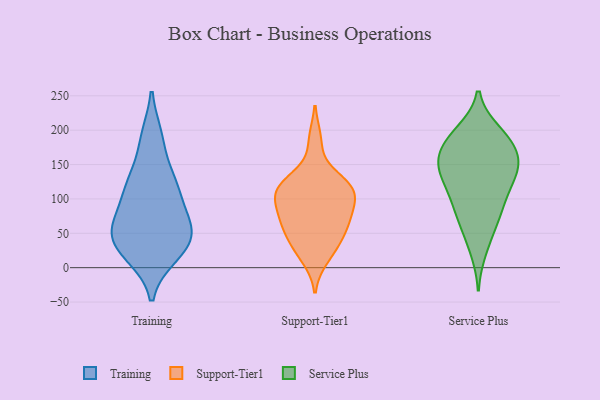
{"axis": {"x": "Net Income (USD K)", "y": "Value"}, "legend": ["Service Plus", "Support-Tier1", "Training"], "data": [{"x": "", "y": 123, "type": "Training"}, {"x": "", "y": 108, "type": "Training"}, {"x": "", "y": 53, "type": "Training"}, {"x": "", "y": 45, "type": "Training"}, {"x": "", "y": 126, "type": "Training"}, {"x": "", "y": 72, "type": "Training"}, {"x": "", "y": 50, "type": "Training"}, {"x": "", "y": 24, "type": "Training"}, {"x": "", "y": 19, "type": "Training"}, {"x": "", "y": 100, "type": "Training"}, {"x": "", "y": 188, "type": "Training"}, {"x": "", "y": 132, "type": "Training"}, {"x": "", "y": 37, "type": "Training"}, {"x": "", "y": 190, "type": "Training"}, {"x": "", "y": 67, "type": "Training"}, {"x": "", "y": 18, "type": "Training"}, {"x": "", "y": 56, "type": "Training"}, {"x": "", "y": 63, "type": "Support-Tier1"}, {"x": "", "y": 63, "type": "Support-Tier1"}, {"x": "", "y": 32, "type": "Support-Tier1"}, {"x": "", "y": 116, "type": "Support-Tier1"}, {"x": "", "y": 96, "type": "Support-Tier1"}, {"x": "", "y": 131, "type": "Support-Tier1"}, {"x": "", "y": 61, "type": "Support-Tier1"}, {"x": "", "y": 122, "type": "Support-Tier1"}, {"x": "", "y": 93, "type": "Support-Tier1"}, {"x": "", "y": 36, "type": "Support-Tier1"}, {"x": "", "y": 81, "type": "Support-Tier1"}, {"x": "", "y": 186, "type": "Support-Tier1"}, {"x": "", "y": 13, "type": "Support-Tier1"}, {"x": "", "y": 113, "type": "Support-Tier1"}, {"x": "", "y": 113, "type": "Support-Tier1"}, {"x": "", "y": 197, "type": "Service Plus"}, {"x": "", "y": 187, "type": "Service Plus"}, {"x": "", "y": 131, "type": "Service Plus"}, {"x": "", "y": 49, "type": "Service Plus"}, {"x": "", "y": 175, "type": "Service Plus"}, {"x": "", "y": 106, "type": "Service Plus"}, {"x": "", "y": 80, "type": "Service Plus"}, {"x": "", "y": 187, "type": "Service Plus"}, {"x": "", "y": 164, "type": "Service Plus"}, {"x": "", "y": 75, "type": "Service Plus"}, {"x": "", "y": 25, "type": "Service Plus"}, {"x": "", "y": 129, "type": "Service Plus"}, {"x": "", "y": 148, "type": "Service Plus"}, {"x": "", "y": 80, "type": "Service Plus"}, {"x": "", "y": 151, "type": "Service Plus"}, {"x": "", "y": 156, "type": "Service Plus"}, {"x": "", "y": 132, "type": "Service Plus"}, {"x": "", "y": 154, "type": "Service Plus"}, {"x": "", "y": 108, "type": "Service Plus"}, {"x": "", "y": 198, "type": "Service Plus"}]}